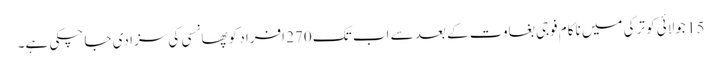
15 جولائی کو ترکی میں ناکام فوجی بغاوت کے بعد سے اب تک 270 افراد کو پھانسی کی سزا دی جا چکی ہے۔